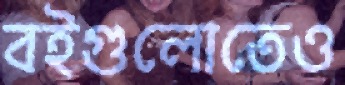
বইগুলোতেও